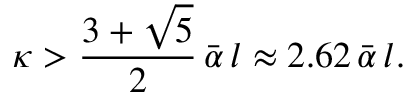
\kappa > \frac { 3 + \sqrt { 5 } } { 2 } \, \bar { \alpha } \, l \approx 2 . 6 2 \, \bar { \alpha } \, l .